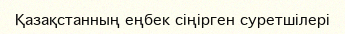
Қазақстанның еңбек сіңірген суретшілері